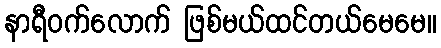
နာရီဝက်လောက် ဖြစ်မယ်ထင်တယ်မေမေ။